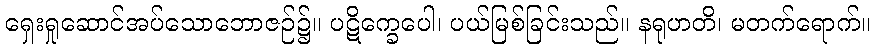
ရှေးရှုဆောင်အပ်သောဘောဇဉ်၌။ ပဋိက္ခေပေါ၊ ပယ်မြစ်ခြင်းသည်။ နရုဟတိ၊ မတက်ရောက်။